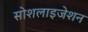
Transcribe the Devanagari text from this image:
सोशलाइजेशन